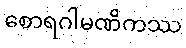
စောရဂါမဏိကဿ